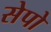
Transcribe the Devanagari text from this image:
सेपो